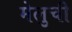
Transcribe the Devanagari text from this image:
मेलुची